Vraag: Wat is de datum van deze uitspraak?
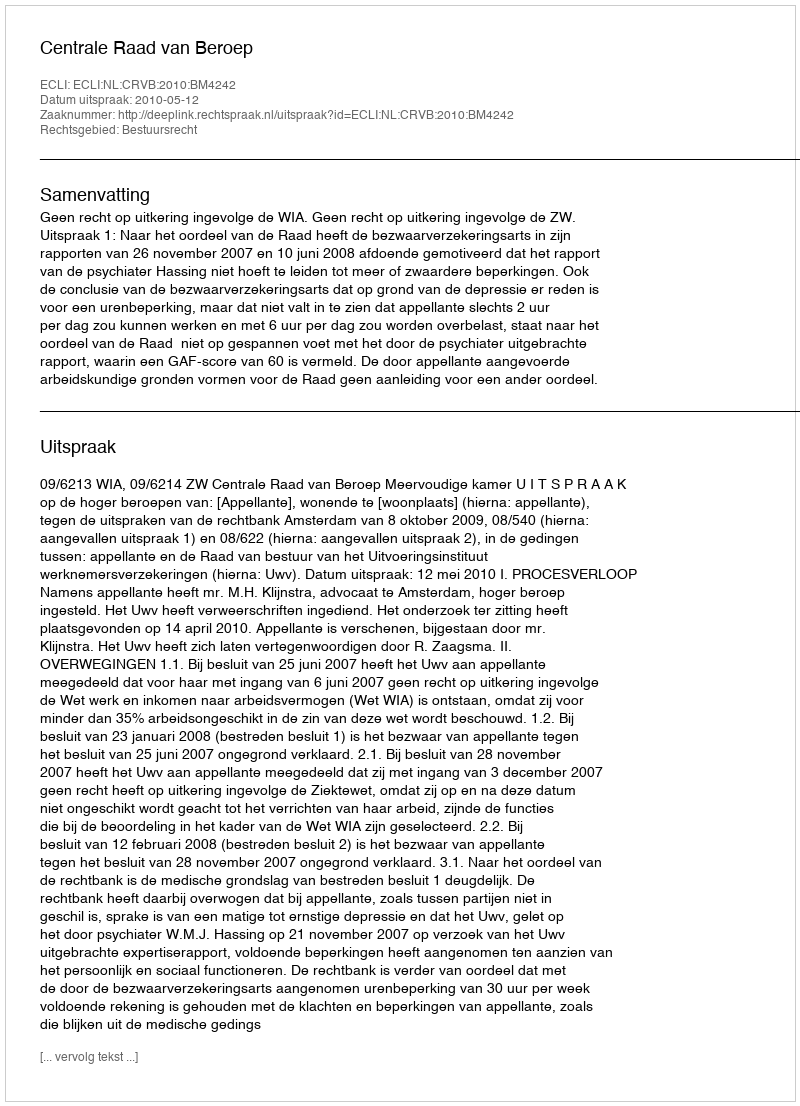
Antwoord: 2010-05-12